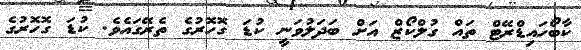
ކާބޯހައިޑްރޭޓް ތައް ގުލްކޯޒް އަށް ބަދަލުވަނީ ކުޑަ ގޮހޮރުގެ ތެރޭގައެވެ. ކުޑަ ގޮހޮރުގެ